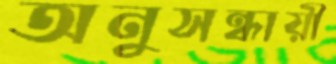
অনুসন্ধায়ী